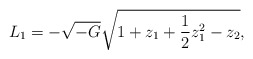
\begin{align*}L_1 = - \sqrt{-G} \sqrt{1 + z_1 + {1\over 2} z_1^2 - z_2},\end{align*}